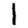
Digit: 1